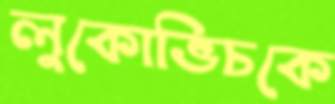
লুকোভিচকে